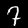
Label: 7